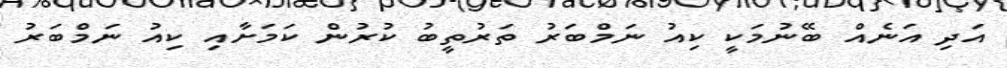
އަދި އަނެއް ބޭނުމަކީ ކިއު ނަމްބަރު ތަރުތީބު ކުރުން ކަމަށާއި ކިއު ނަމްބަރު